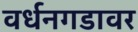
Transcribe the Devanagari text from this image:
वर्धनगडावर